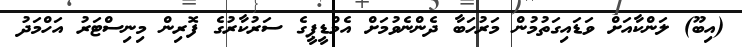
(އިބޫ) ލަންކާއަށް ވަޑައިގަތުމުން މަރުހަބާ ދެންނެވުމަށް އެމްޑީޕީގެ ސަރުކާރުގެ ފޮރިން މިނިސްޓަރު އަހްމަދު